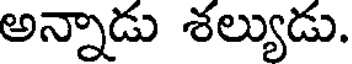
అన్నాడు శల్యుడు.